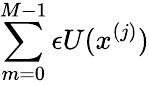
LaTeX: \sum_{m=0}^{M-1}\epsilon U(x^{(j)})